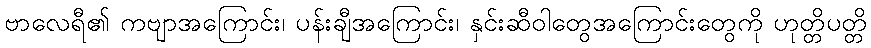
ဗာလေရီ၏ ကဗျာအကြောင်း၊ ပန်းချီအကြောင်း၊ နှင်းဆီဝါတွေအကြောင်းတွေကို ဟုတ္တိပတ္တိ